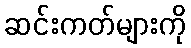
ဆင်းကတ်များကို